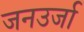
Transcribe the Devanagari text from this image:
जनउर्जा